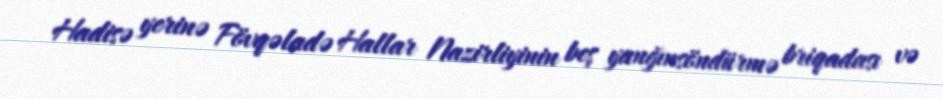
Hadisə yerinə Fövqəladə Hallar Nazirliyinin beş yanğınsöndürmə briqadası və